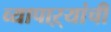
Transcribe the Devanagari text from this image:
व्यापाऱ्यांची